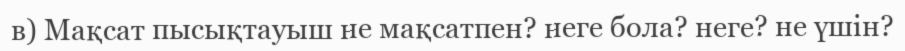
в) Мақсат пысықтауыш не мақсатпен? неге бола? неге? не үшін?